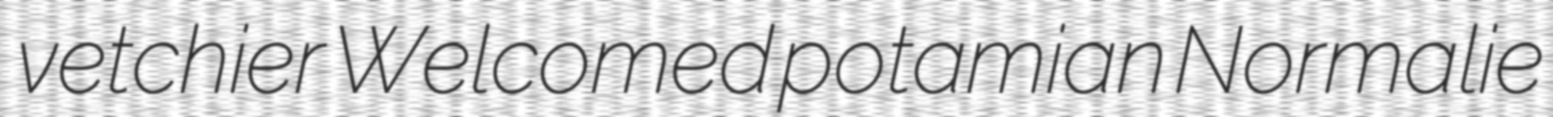
vetchier Welcomed potamian Normalie